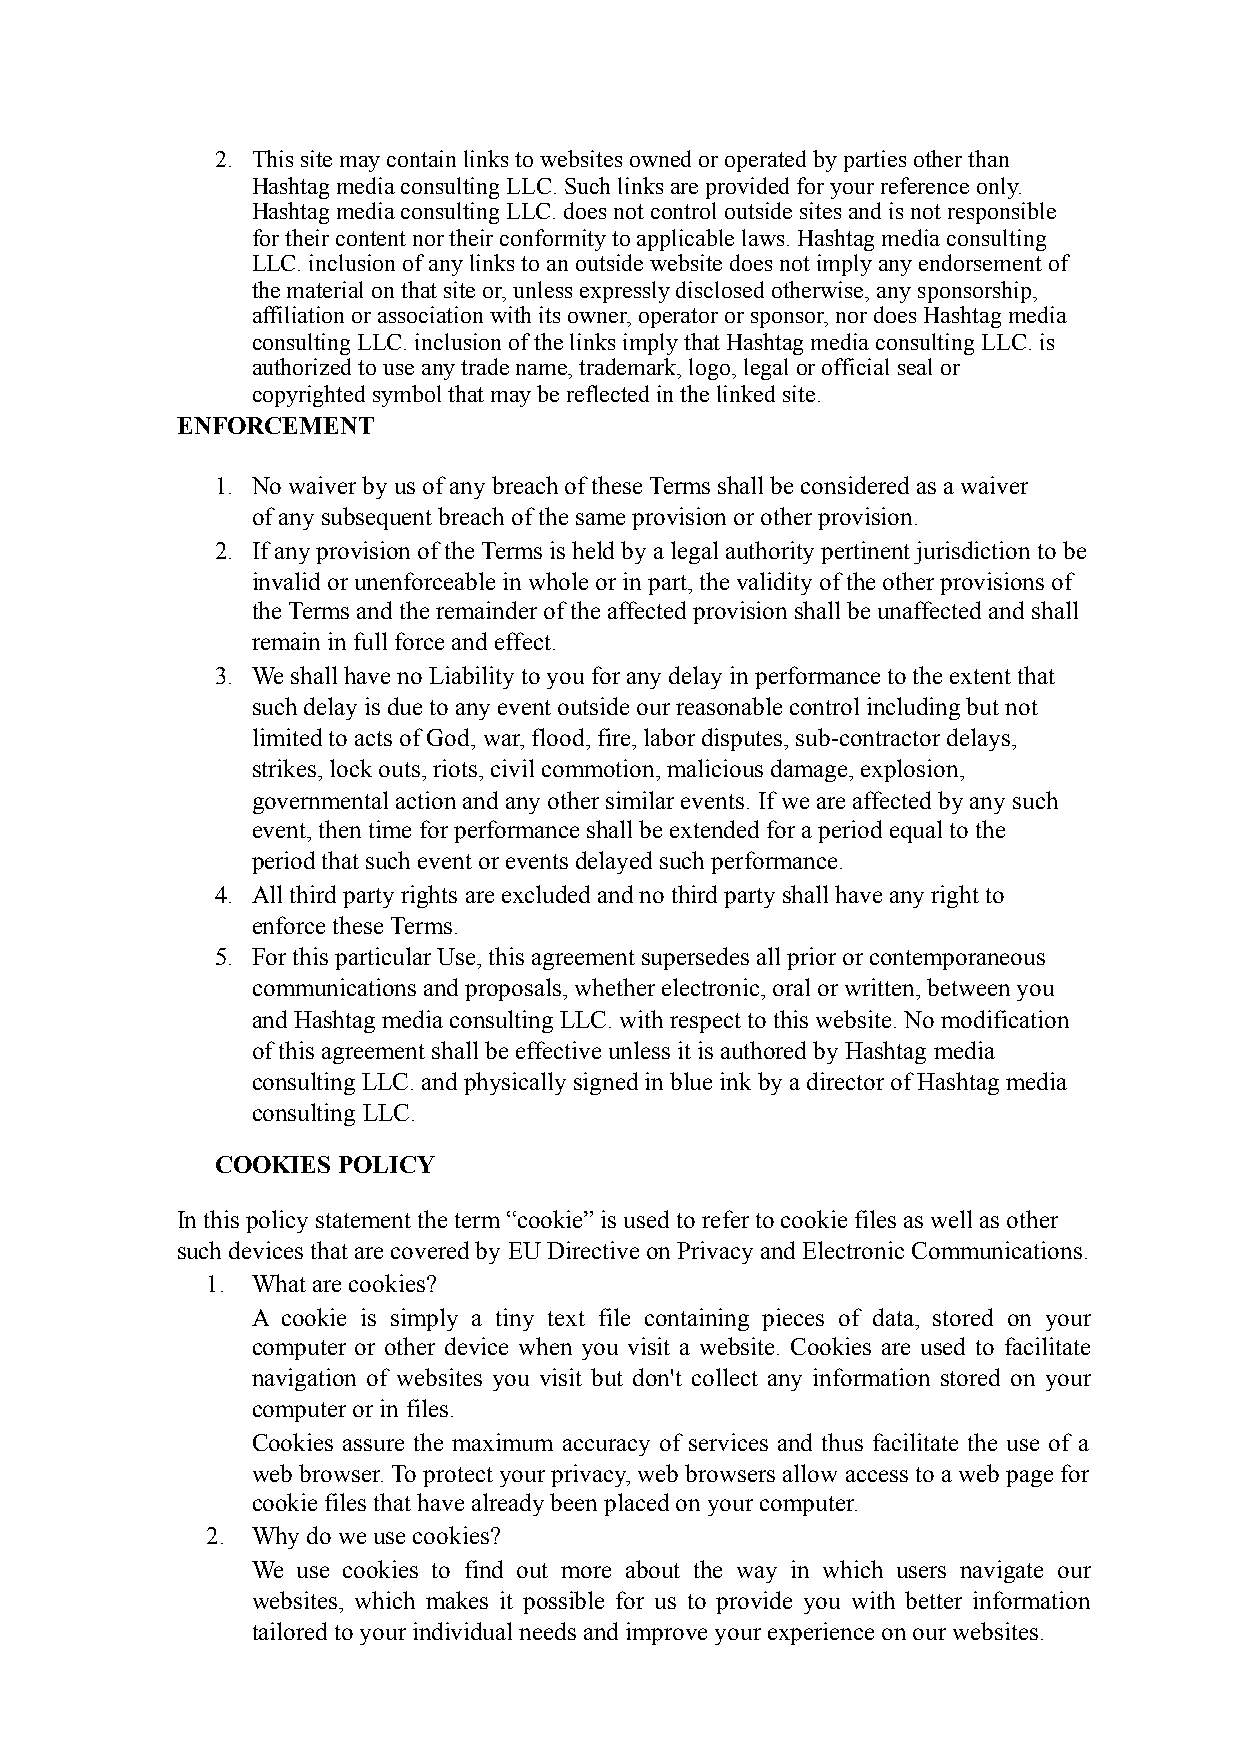
2. This site may contain links to websites owned or operated by parties other than
 Hashtag media consulting LLC. Such links are provided for your reference only.
 Hashtag media consulting LLC. does not control outside sites and is not responsible
 for their content nor their conformity to applicable laws. Hashtag media consulting
 LLC. inclusion of any links to an outside website does not imply any endorsement of
 the material on that site or, unless expressly disclosed otherwise, any sponsorship,
 affiliation or association with its owner, operator or sponsor, nor does Hashtag media
 consulting LLC. inclusion of the links imply that Hashtag media consulting LLC. is
 authorized to use any trade name, trademark, logo, legal or official seal or
 copyrighted symbol that may be reflected in the linked site.
 ENFORCEMENT
 1. No waiver by us of any breach of these Terms shall be considered as a waiver
 of any subsequent breach of the same provision or other provision.
 2. If any provision of the Terms is held by a legal authority pertinent jurisdiction to be
 invalid or unenforceable in whole or in part, the validity of the other provisions of
 the Terms and the remainder of the affected provision shall be unaffected and shall
 remain in full force and effect.
 3. We shall have no Liability to you for any delay in performance to the extent that
 such delay is due to any event outside our reasonable control including but not
 limited to acts of God, war, flood, fire, labor disputes, sub-contractor delays,
 strikes, lock outs, riots, civil commotion, malicious damage, explosion,
 governmental action and any other similar events. If we are affected by any such
 event, then time for performance shall be extended for a period equal to the
 period that such event or events delayed such performance.
 4. All third party rights are excluded and no third party shall have any right to
 enforce these Terms.
 5. For this particular Use, this agreement supersedes all prior or contemporaneous
 communications and proposals, whether electronic, oral or written, between you
 and Hashtag media consulting LLC. with respect to this website. No modification
 of this agreement shall be effective unless it is authored by Hashtag media
 consulting LLC. and physically signed in blue ink by a director of Hashtag media
 consulting LLC.
 COOKIES POLICY
 In this policy statement the term “cookie” is used to refer to cookie files as well as other
 such devices that are covered by EU Directive on Privacy and Electronic Communications.
 1. What are cookies?
 A cookie is simply a tiny text file containing pieces of data, stored on your
 computer or other device when you visit a website. Cookies are used to facilitate
 navigation of websites you visit but don't collect any information stored on your
 computer or in files.
 Cookies assure the maximum accuracy of services and thus facilitate the use of a
 web browser. To protect your privacy, web browsers allow access to a web page for
 cookie files that have already been placed on your computer.
 2. Why do we use cookies?
 We use cookies to find out more about the way in which users navigate our
 websites, which makes it possible for us to provide you with better information
 tailored to your individual needs and improve your experience on our websites.